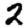
Digit: 2